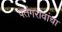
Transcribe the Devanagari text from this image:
पतंगरावांचा